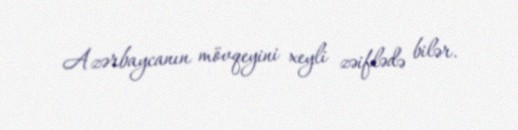
Azərbaycanın mövqeyini xeyli zəiflədə bilər.